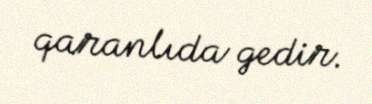
qaranlıda gedir.